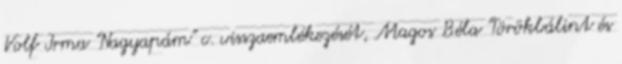
Volf Irma "Nagyapám" c. visszaemlékezését, Magos Béla "Törökbálint és